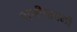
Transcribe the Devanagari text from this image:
पाणीपातळी